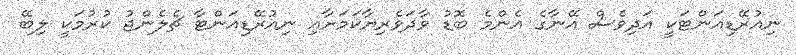
ނިއުރޭޑިއަންޓަކީ އަދިވެސް އޭނާގެ އެންމެ ބޮޑު ވާދަވެރިޔާކަމަށާއި ނިއުރޭޑިއަންޓާ ޗެލެންޖު ކުރުމަކީ ލިބޭ